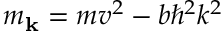
m _ { \mathbf { k } } = m v ^ { 2 } - b \hbar ^ { 2 } k ^ { 2 }